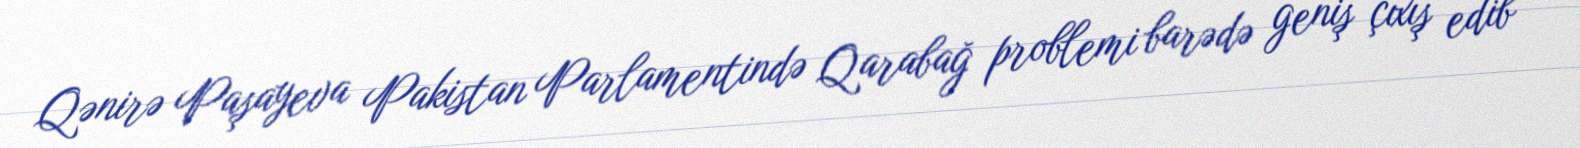
Qənirə Paşayeva Pakistan Parlamentində Qarabağ problemi barədə geniş çıxış edib